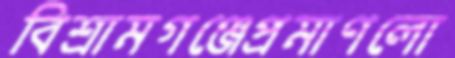
বিশ্রামগঞ্জেপ্রমাণলো